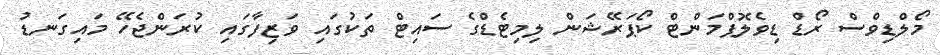
މޯލްޑިވްސް ރޯޑް ޑިވެލޮޕްމަންޓް ކޯޕަރޭޝަން ލިމިޓެޑްގެ ސައިޓް ތަކުގައި ވަޒިފާގައި ކުރަންޖެހޭ މައިގަނޑު